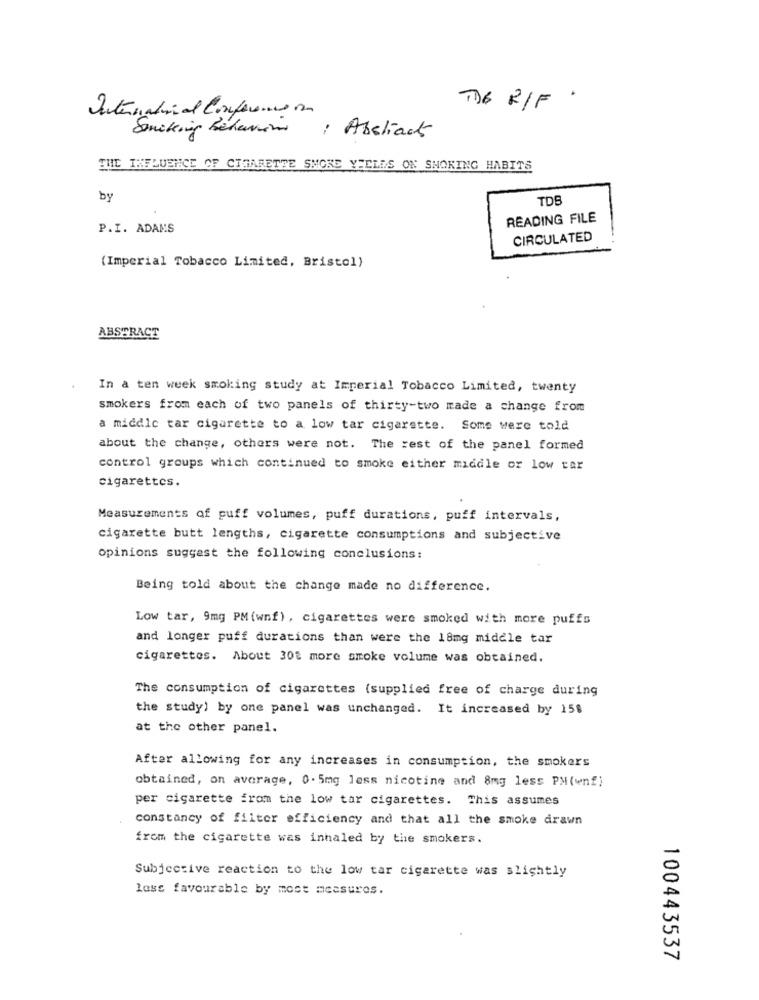
International Conferencena
DE RIF
Smoking behavior
: Abstract
THE INFLUENCE OF CIGARETTE SMOKE YIELDS ON SMOKING HABITS
by
TDS
READING FILE
P.I. ADAMS
CIRCULATED
(Imperial Tobacco Limited, Bristol)
ABSTRACT
In a ten week smoking study at Imperial Tobacco Limited, twenty
smokers from each of two panels of thirty-two made a change from
a middle tar cigarette to a low tar cigarette. Some were told
about the change, others were not. The rest of the panel formed
control groups which continued to smoke either middle or low car
cigarettes.
Measurements of puff volumes, puff durations, puff intervals,
cigarette butt lengths, cigarette consumptions and subjective
opinions suggest the following conclusions:
Being told about the change made no difference.
Low tar, 9mg PM (wnf) , cigarettes were smoked with more puffs
and longer puff durations than were the 18mg middle tar
cigarettes. About 301 more smoke volume was obtained.
The consumption of cigarettes (supplied free of charge during
the study) by one panel was unchanged. It increased by 158
at the other panel.
After allowing for any increases in consumption, the smokers
obtained, on average, 0. 5mg less nicotine and 8mg less PM(wnf)
per cigarette from the low tar cigarettes. This assumes
constancy of filter efficiency and that all the smoke drawn
from the cigarette was inhaled by the smokers.
Subjective reaction to the low tar cigarette was slightly
lass favourable by most measures.
100443537